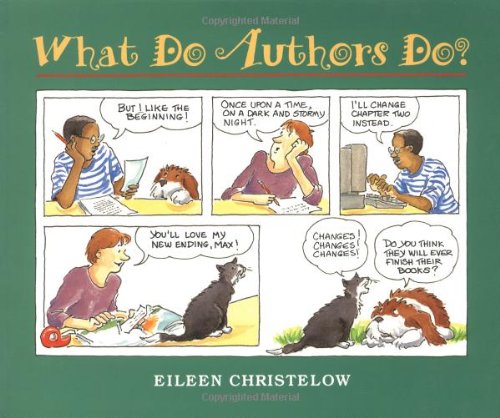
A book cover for What Do Authors Do?; Eileen Christelow; Reference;